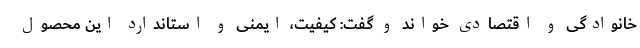
خانوادگی و اقتصادی خواند و گفت: کیفیت، ایمنی و استاندارد این محصول